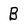
Character: B